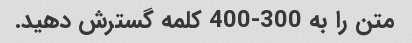
متن را به 300-400 کلمه گسترش دهید.